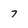
Character: 7